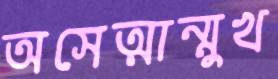
অসেত্মান্মুখ